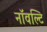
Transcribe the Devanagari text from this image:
नॉवल्टि